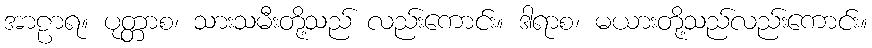
အာဠာရ။ ပုတ္တာစ၊ သားသမီးတို့သည် လည်းကောင်း။ ဒါရာစ၊ မယားတို့သည်လည်းကောင်း။